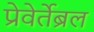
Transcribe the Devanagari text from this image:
प्रेवेर्तेब्रल